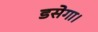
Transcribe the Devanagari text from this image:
डसेगा।